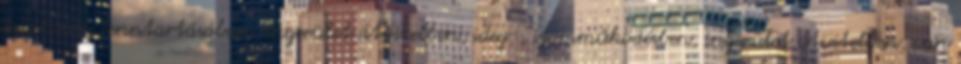
egyensúly fenntartásában, ingerület átvitelben, ideg-, izomműködésben, ingerület átvitelben, van